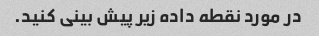
در مورد نقطه داده زیر پیش بینی کنید.